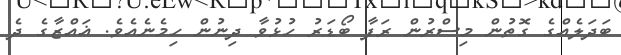
ބަދަލެއްގެ ގޮތުން މިސްރުން ރަފާ ބޯޑަރު ހުޅުވާ ދިނުން ހިމެނެއެވެ. ޣައްޒާގެ ދެ